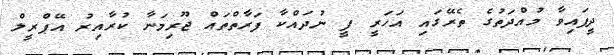
ދީފައިވާ މުއްދަތުގެ ތެރޭގައި އަހަރީ ފީ ނުދައްކާ ފަރާތްތައް ޖޫރިމަނާ ކުރާއިރު އޭޕްރީލް